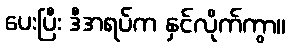
ပေးပြီး ဒီအရပ်က နှင်လိုက်ကွာ။